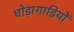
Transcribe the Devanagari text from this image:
घोड़ागाड़ियों